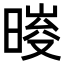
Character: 𣉀